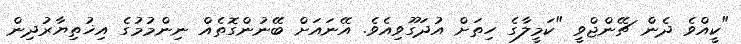
"ކީއްވެ ދެން ޗޭންޖްވީ "ކަމީލާގެ ހިތަށް އުދަގޫވިއެވެ. އޭނައަށް ބޭނުންގޮތެއް ނިންމުމުގެ އިޚުތިޔާރުދިން